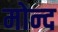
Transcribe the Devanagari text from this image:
मोन्‍द